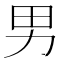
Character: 男